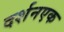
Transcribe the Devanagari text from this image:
दर्शनएक